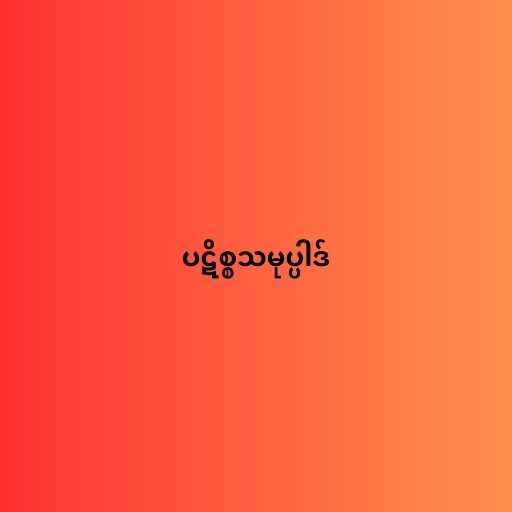
ပဋိစ္စသမုပ္ပါဒ်